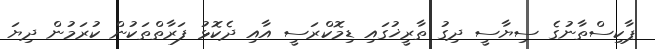
ޕާކިސްތާނުގެ ސިޔާސީ ދިގު ތާރީޚުގައި ޑިމޮކްރަސީ އާއި ދެކޮޅު ފަރާތްތަކުން ކުރަމުން ދިޔަ